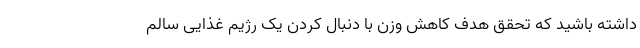
داشته باشید که تحقق هدف کاهش وزن با دنبال کردن یک رژیم غذایی سالم